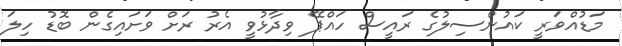
މަޑުއްވަރީ ކައުންސިލުގެ ރައީސް ހައްޕޭ ވިދާޅުވީ އެރު ރަށް ވަށައިގެން ބޮޑު ހިލަ